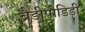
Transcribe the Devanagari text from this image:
ब्रैडीपोडिडी